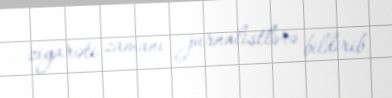
ziyarəti zamanı jurnalistlərə bildirib.